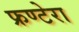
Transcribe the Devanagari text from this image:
फ्रण्टेरा